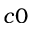
c 0